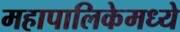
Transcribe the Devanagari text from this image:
महापालिकेमध्ये